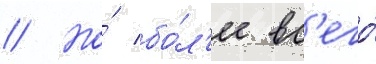
// Но́ бо́л'ее вс'его́